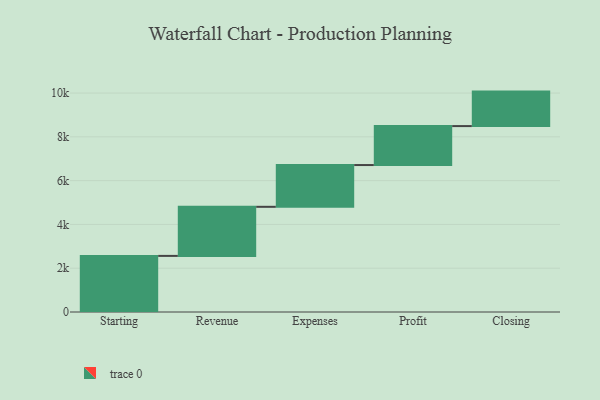
{"axis": {"x": "Step", "y": "Value"}, "legend": [""], "data": [{"x": "Starting", "y": 2562.0, "type": ""}, {"x": "Revenue", "y": 2242.0, "type": ""}, {"x": "Expenses", "y": 1908.0, "type": ""}, {"x": "Profit", "y": 1779.0, "type": ""}, {"x": "Closing", "y": 1575.0, "type": ""}]}